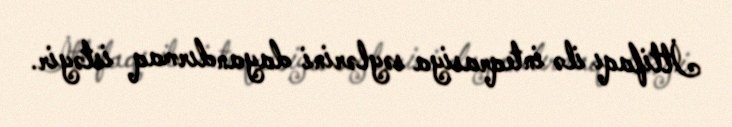
İttifaqı ilə inteqrasiya səylərini dayandırmaq istəyir.